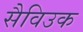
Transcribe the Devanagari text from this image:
सैविउक